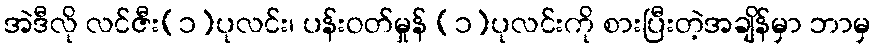
အဲဒီလို လင်ဇီး(၁)ပုလင်း၊ ပန်းဝတ်မှုန် (၁)ပုလင်းကို စားပြီးတဲ့အချိန်မှာ ဘာမှ